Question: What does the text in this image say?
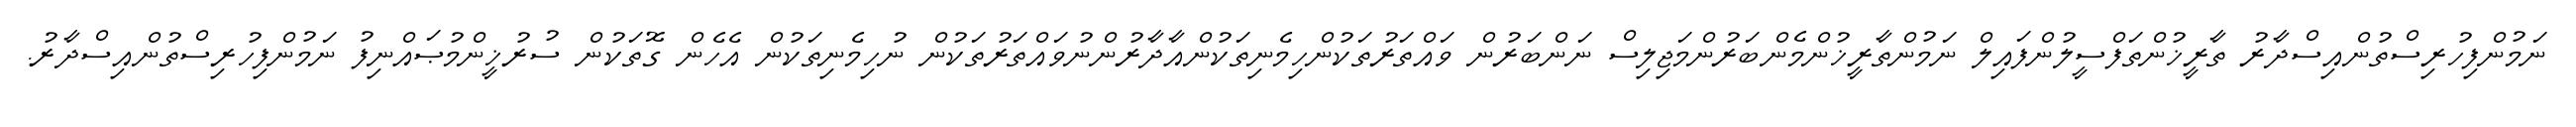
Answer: ނަމުންފިހުރިސްތުންއިސްދާރު ތާރީޚުންތަފްސީލުންފައިލް ނަމުންތާރީޚުންމެންބަރުންމަޖިލިސް ނަންބަރުން ވައްތަރުތަކުންހިމެނިތަކުންއާދާރުންނުވައްތަރުތަކުން ނުހިމެނިތަކުން އެހެން ގޮތަކުން ސުރުޚީންމުޞައްނިފު ނަމުންފިހުރިސްތުންއިސްދާރު.